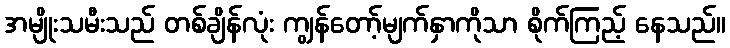
အမျိုးသမီးသည် တစ်ချိန်လုံး ကျွန်တော့်မျက်နှာကိုသာ စိုက်ကြည့် နေသည်။